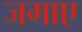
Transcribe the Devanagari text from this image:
जगाए